Vaccination in Burma 1920-1933 - 1920-1933
Year: 1920
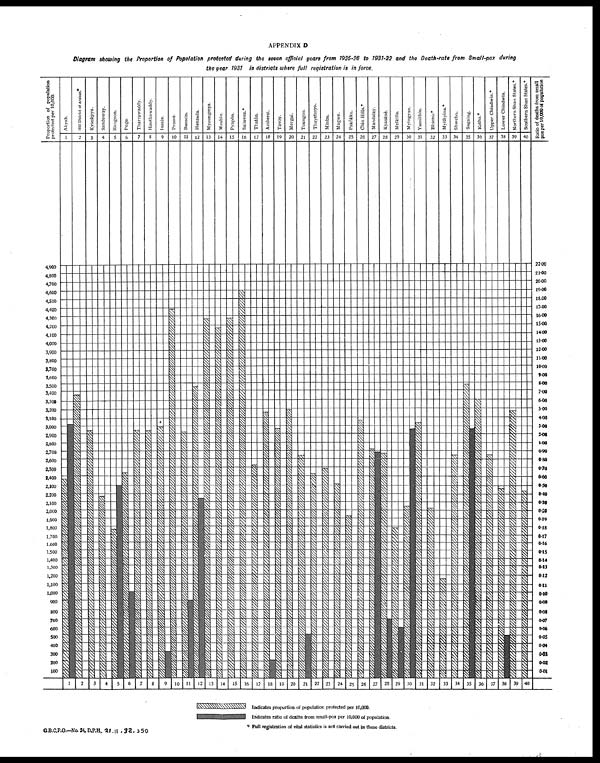
APPENDIX D
Diagram showing the Proportion of Population protected during the seven official years from 1925-26 to 1931-32 and the Death-rate from Small-pox during
the year 1987 in districts where full registration is in force.
* Full registration of vital statistics is not carried out in these districts.
G.B.C.P.O.-No 24,D.P.H., 21-11 - 32. 350